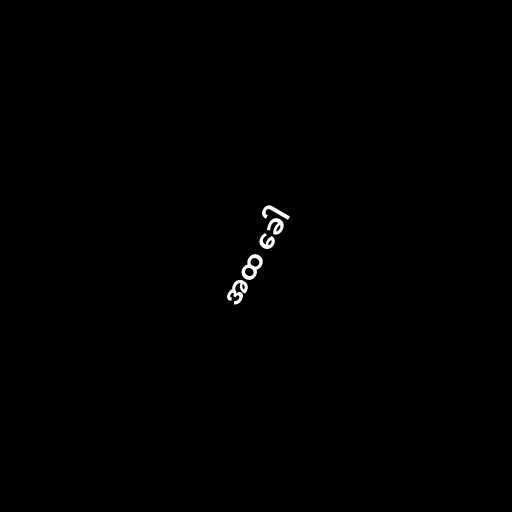
အထ ခေါ